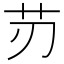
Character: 𦬄